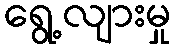
ရွေ့လျားမှု